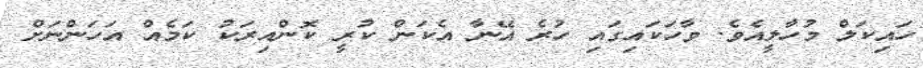
ހައިކަލް މުހާލީއެވެ. ވާހަކައިގައި ހުރެ އޭނާ އެކަން ކުރީ ކޮންއިރަކު ކަމެއް އަހަންނަށް